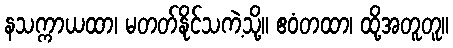
နသက္ကာယထာ၊ မတတ်နိုင်သကဲ့သို့။ ဧဝံတထာ၊ ထို့အတူတူ။